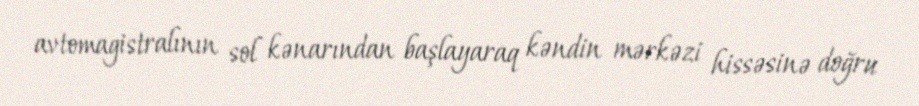
avtomagistralının sol kənarından başlayaraq kəndin mərkəzi hissəsinə doğru